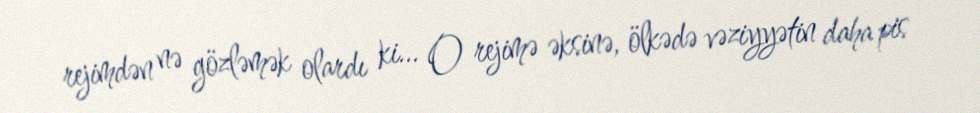
rejimdən nə gözləmək olardı ki... O rejimə əksinə, ölkədə vəziyyətin daha pis